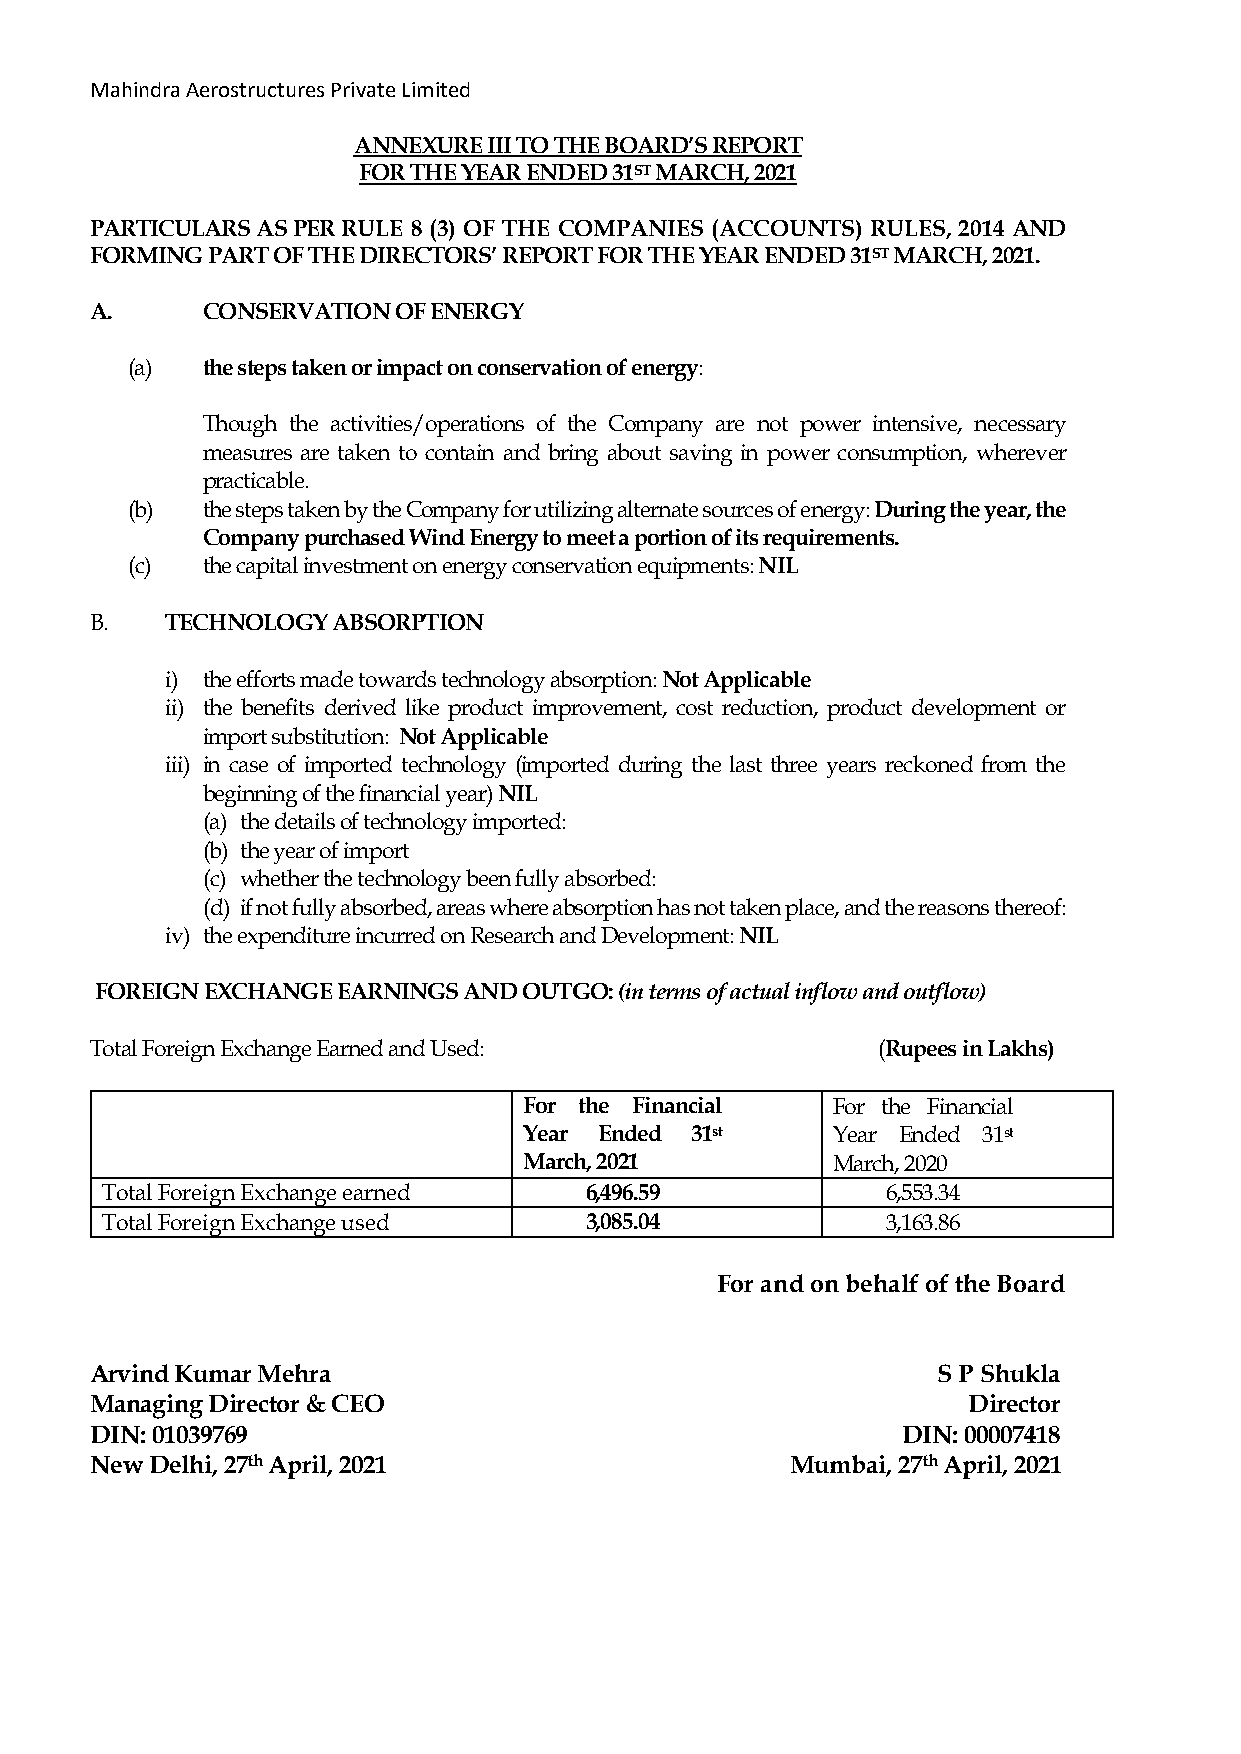
Mahindra Aerostructures Private Limited
 ANNEXURE III TO THE BOARD’S REPORT
 FOR THE YEAR ENDED 31ST MARCH, 2021
 PARTICULARS AS PER RULE 8 (3) OF THE COMPANIES (ACCOUNTS) RULES, 2014 AND
 FORMING PART OF THE DIRECTORS’ REPORT FOR THE YEAR ENDED 31ST MARCH, 2021.
 A.     CONSERVATION OF ENERGY
 (a)  the steps taken or impact on conservation of energy:
 Though the activities/operations of the Company are not power intensive, necessary
 measures are taken to contain and bring about saving in power consumption, wherever
 practicable.
 (b)  the steps taken by the Company for utilizing alternate sources of energy: During the year, the
 Company purchased Wind Energy to meet a portion of its requirements.
 (c)  the capital investment on energy conservation equipments: NIL
 B.   TECHNOLOGY ABSORPTION
 i) the efforts made towards technology absorption: Not Applicable
 ii) the benefits derived like product improvement, cost reduction, product development or
 import substitution: Not Applicable
 iii) in case of imported technology (imported during the last three years reckoned from the
 beginning of the financial year) NIL
 (a) the details of technology imported:
 (b) the year of import
 (c) whether the technology been fully absorbed:
 (d) if not fully absorbed, areas where absorption has not taken place, and the reasons thereof:
 iv) the expenditure incurred on Research and Development: NIL
 FOREIGN EXCHANGE EARNINGS AND OUTGO: (in terms of actual inflow and outflow)
 Total Foreign Exchange Earned and Used:             (Rupees in Lakhs)
 For the Financial   For the Financial
 Year Ended 31st     Year Ended 31st
 March, 2021         March, 2020
 Total Foreign Exchange earned   6,496.59            6,553.34
 Total Foreign Exchange used     3,085.04            3,163.86
 For and on behalf of the Board
 Arvind Kumar Mehra                                      S P Shukla
 Managing Director & CEO                                   Director
 DIN: 01039769                                         DIN: 00007418
 New Delhi, 27th April, 2021                   Mumbai, 27th April, 2021